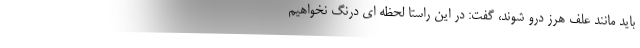
باید مانند علف هرز درو شوند، گفت: در این راستا لحظه ای درنگ نخواهیم